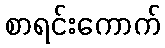
စာရင်းကောက်